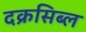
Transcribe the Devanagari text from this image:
दक्रसिब्ल